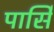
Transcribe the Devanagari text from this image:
पार्सि